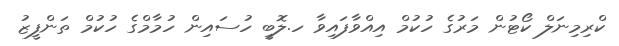
ކްރިމިނަލް ކޯޓުން މަރުގެ ހުކުމް އިއްވާފައިވާ ހ.ލޮބީ ހުސައިން ހުމާމްގެ ހުކުމް ތަންފީޒު